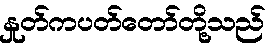
နှုတ်ကပတ်တော်တို့သည်